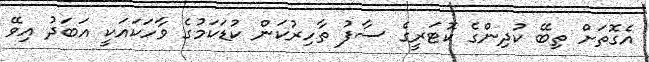
އެގޮތަށް ތިބޭ ކުދިންގެ ކޮޓަރީގެ ސާފު ތާހިރުކަން ކުޑަކަމުގެ ވާހަކައަކީ އަބަދު އިވޭ